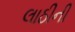
લાઠીની